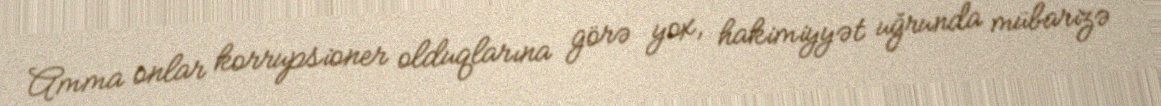
Amma onlar korrupsioner olduqlarına görə yox, hakimiyyət uğrunda mübarizə